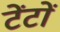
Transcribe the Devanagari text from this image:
टेंटों